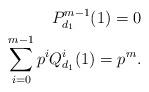
LaTeX: \begin{align*} P_{d_1}^{m-1}(1)=0\\\sum_{i=0}^{m-1} p^iQ_{d_1}^i(1)=p^m. \end{align*}